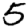
Digit: 5